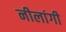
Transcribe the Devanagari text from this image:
नीलांगी